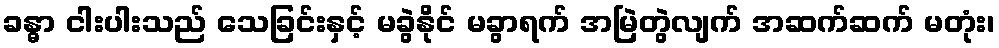
ခန္ဓာ ငါးပါးသည် သေခြင်းနှင့် မခွဲနိုင် မခွာရက် အမြဲတွဲလျက် အဆက်ဆက် မတုံး၊